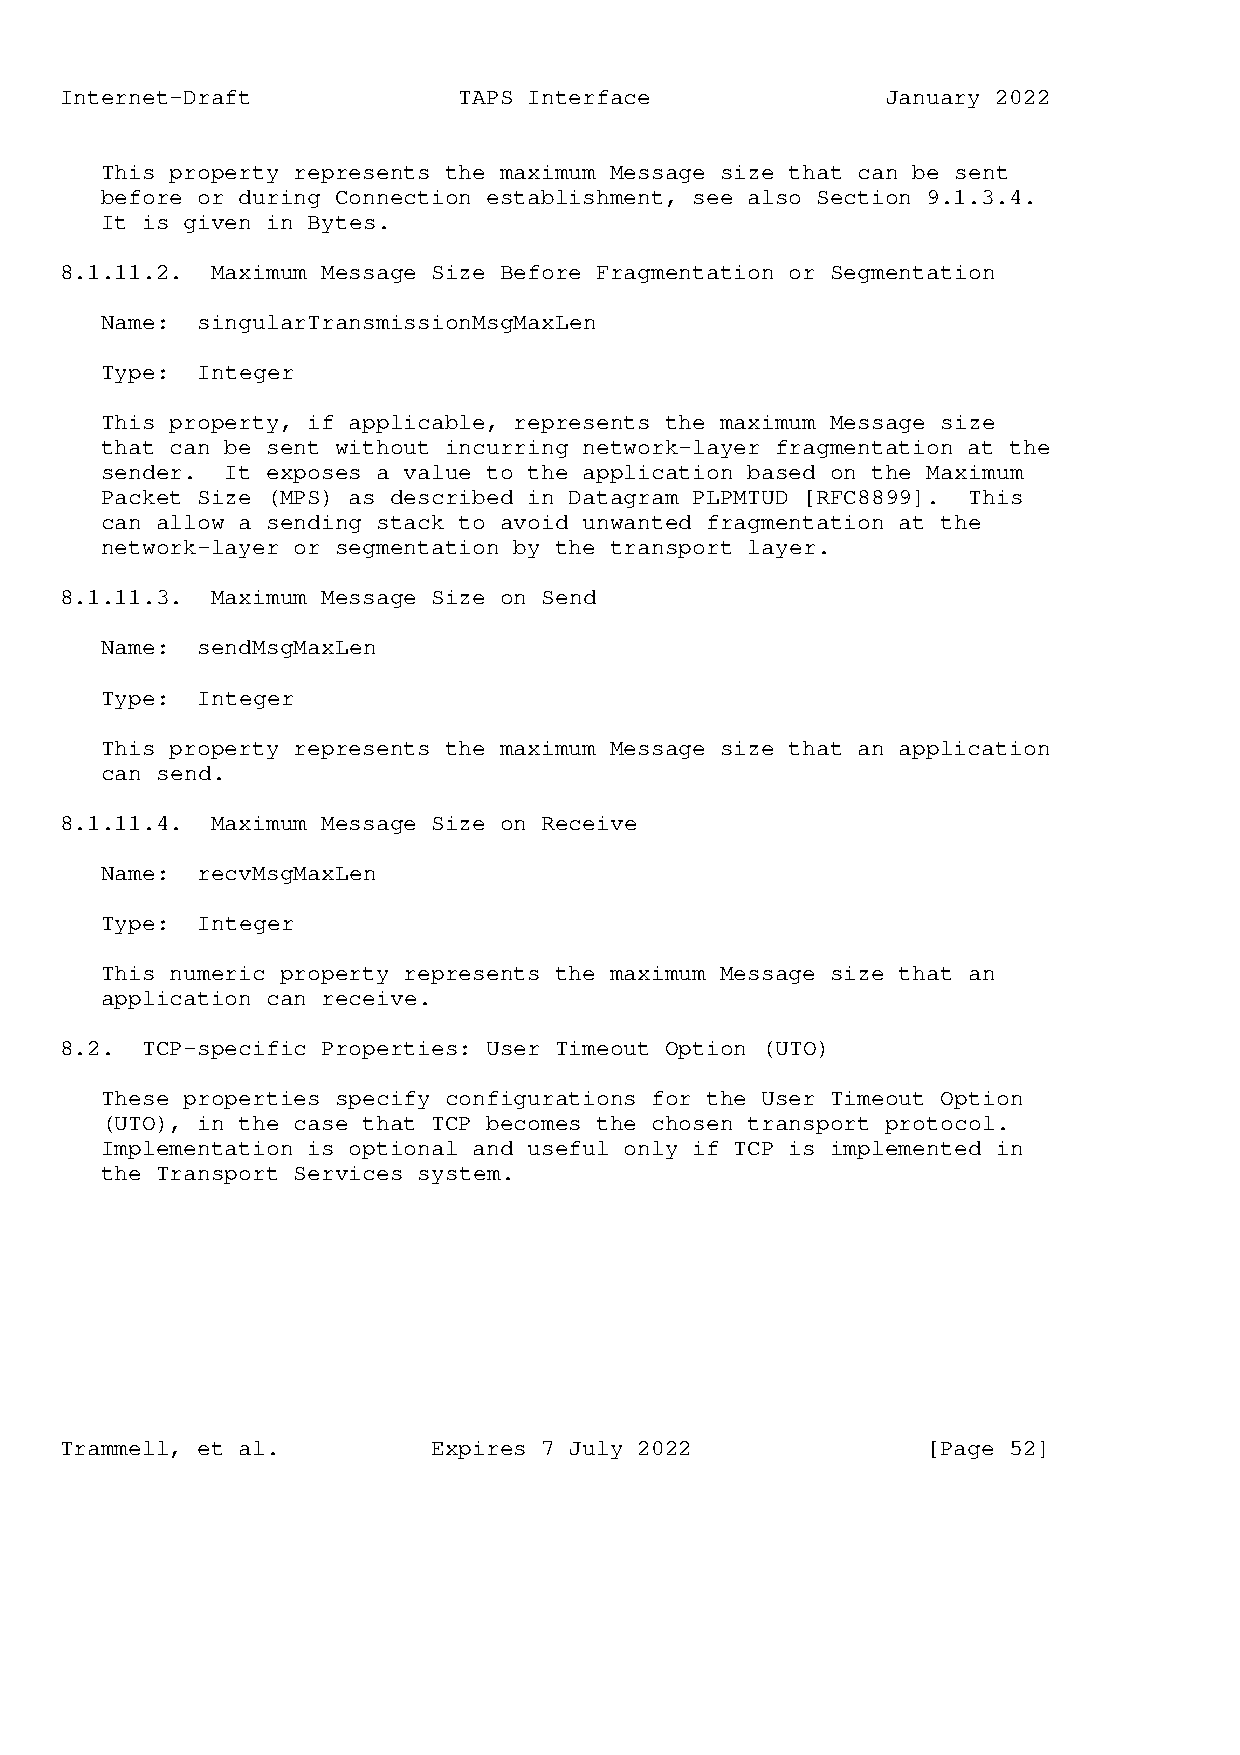
Internet-Draft            TAPS Interface               January 2022
 This property represents the maximum Message size that can be sent
 before or during Connection establishment, see also Section 9.1.3.4.
 It is given in Bytes.
 8.1.11.2. Maximum Message Size Before Fragmentation or Segmentation
 Name: singularTransmissionMsgMaxLen
 Type: Integer
 This property, if applicable, represents the maximum Message size
 that can be sent without incurring network-layer fragmentation at the
 sender. It exposes a value to the application based on the Maximum
 Packet Size (MPS) as described in Datagram PLPMTUD [RFC8899]. This
 can allow a sending stack to avoid unwanted fragmentation at the
 network-layer or segmentation by the transport layer.
 8.1.11.3. Maximum Message Size on Send
 Name: sendMsgMaxLen
 Type: Integer
 This property represents the maximum Message size that an application
 can send.
 8.1.11.4. Maximum Message Size on Receive
 Name: recvMsgMaxLen
 Type: Integer
 This numeric property represents the maximum Message size that an
 application can receive.
 8.2. TCP-specific Properties: User Timeout Option (UTO)
 These properties specify configurations for the User Timeout Option
 (UTO), in the case that TCP becomes the chosen transport protocol.
 Implementation is optional and useful only if TCP is implemented in
 the Transport Services system.
 Trammell, et al.         Expires 7 July 2022             [Page 52]